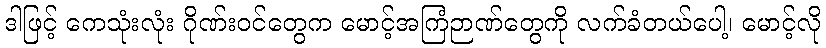
ဒါဖြင့် ကေသုံးလုံး ဂိုဏ်းဝင်တွေက မောင့်အကြံဉာဏ်တွေကို လက်ခံတယ်ပေါ့၊ မောင့်လို